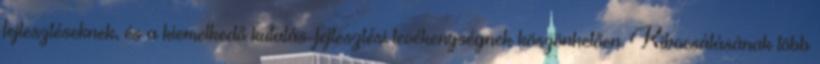
fejlesztéseknek, és a kiemelkedő kutatás-fejlesztési tevékenységnek köszönhetően. Kibocsátásának több